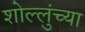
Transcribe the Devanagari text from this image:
शोल्लुंच्या